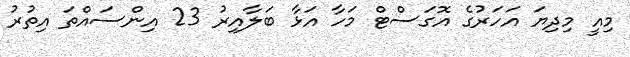
މިއީ މިދިޔަ އަހަރުގެ އޮގަސްޓް މަހާ އަޅާ ބަލާއިރު 23 އިންސައްތަ އިތުރު